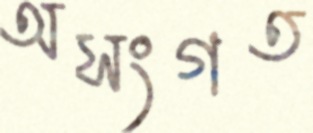
অসংগত